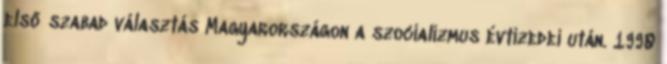
első szabad választás Magyarországon a szocializmus évtizedei után. 1990